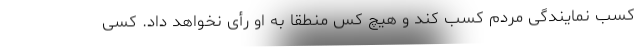
کسب نمایندگی مردم کسب کند و هیچ کس منطقاً به او رأی نخواهد داد. کسی